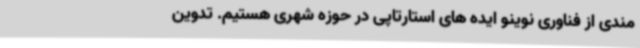
مندی از فناوری نوینو ایده های استارتاپی در حوزه شهری هستیم. تدوین